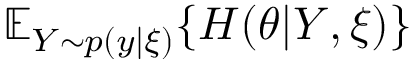
\mathbb { E } _ { Y \sim p ( y | \xi ) } \{ H ( \theta | Y , \xi ) \}